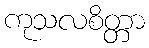
ကုသလစိတ္တာ